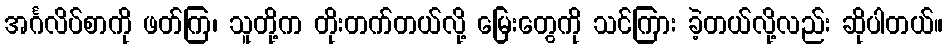
အင်္ဂလိပ်စာကို ဖတ်ကြ၊ သူတို့က တိုးတက်တယ်လို့ မြေးတွေကို သင်ကြား ခဲ့တယ်လို့လည်း ဆိုပါတယ်။